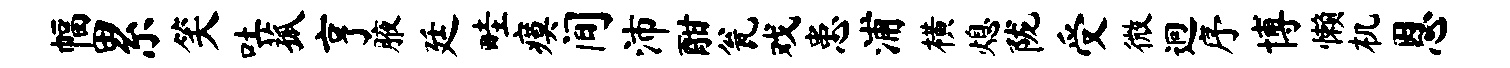
幅累笑吐菰亨腋廷畦瘼间沛酣瓮戏患浦横熄陇受微迥序博懒机恩